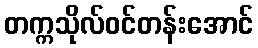
တက္ကသိုလ်ဝင်တန်းအောင်